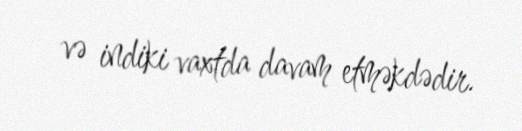
və indiki vaxtda davam etməkdədir.